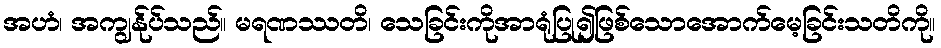
အဟံ၊ အကျွန်ုပ်သည်။ မရဏဿတိ၊ သေခြင်းကိုအာရုံပြု၍ဖြစ်သောအောက်မေ့ခြင်းသတိကို။